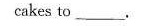
cakes to ___.